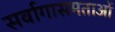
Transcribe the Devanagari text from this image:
सर्वागासमताओं